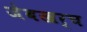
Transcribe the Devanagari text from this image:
जेबखर्च